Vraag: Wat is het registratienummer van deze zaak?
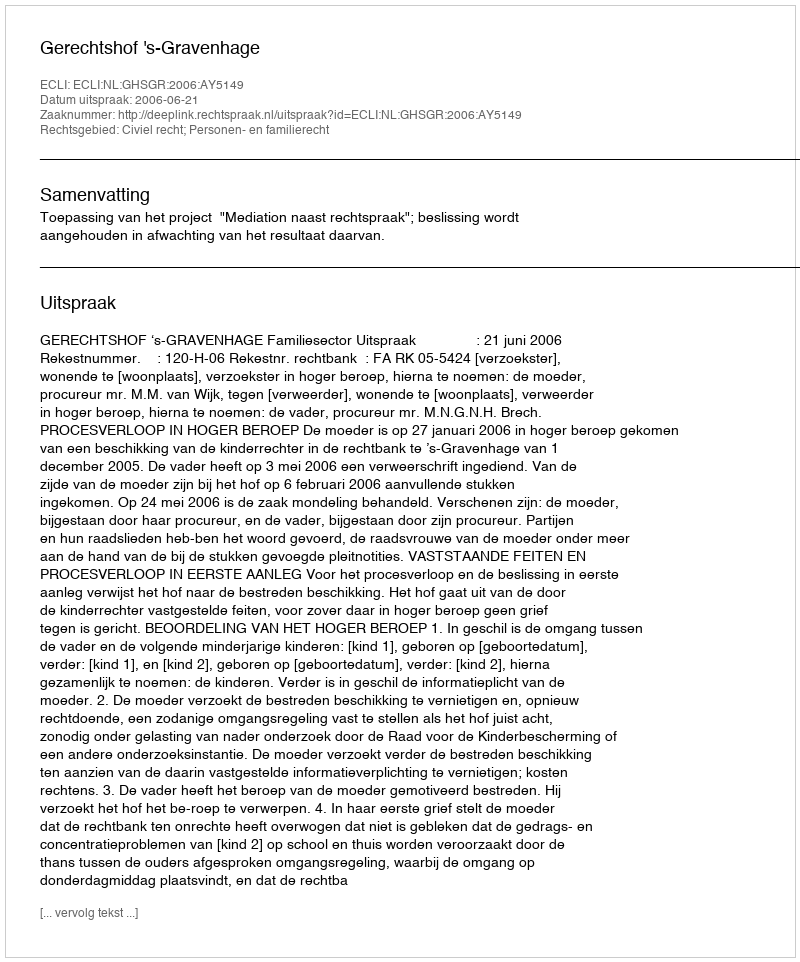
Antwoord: http://deeplink.rechtspraak.nl/uitspraak?id=ECLI:NL:GHSGR:2006:AY5149